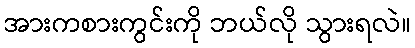
အားကစားကွင်းကို ဘယ်လို သွားရလဲ။